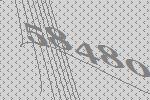
58480